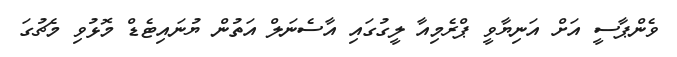
ވެންޕާސީ އަށް އަނިޔާވީ ޕްރެމިއާ ލީގުގައި އާސެނަލް އަތުން ޔުނައިޓެޑް މޮޅުވި މެޗުގަ